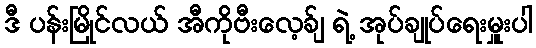
ဒီ ပန်းမြိုင်လယ် အီကိုဗီးလေ့ခ်ျ ရဲ့ အုပ်ချုပ်ရေးမှူးပါ